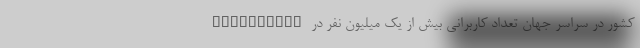
کشور در سراسر جهان تعداد کاربرانی بیش از یک میلیون نفر در AppGallery